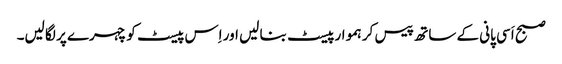
صبح اَسی پانی کے ساتھ پیس کر ہموار پیسٹ بنا لیں اور اِس پیسٹ کو چہرے پر لگا لیں۔